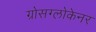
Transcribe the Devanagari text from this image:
ग्रोसग्लोकेनर